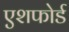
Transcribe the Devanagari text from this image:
एशफोर्ड